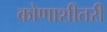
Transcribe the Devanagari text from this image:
कोणाशीतरी